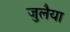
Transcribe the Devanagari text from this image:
जुलैया